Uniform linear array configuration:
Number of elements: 16
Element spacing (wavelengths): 0.25
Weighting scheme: hamming
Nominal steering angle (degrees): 15
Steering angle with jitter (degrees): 13.646
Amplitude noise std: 0.05
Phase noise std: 0.05

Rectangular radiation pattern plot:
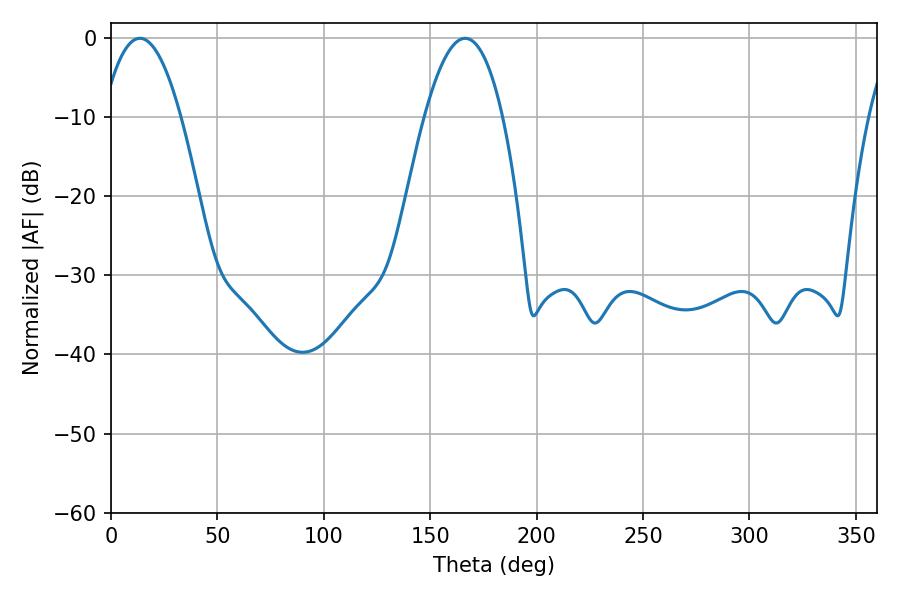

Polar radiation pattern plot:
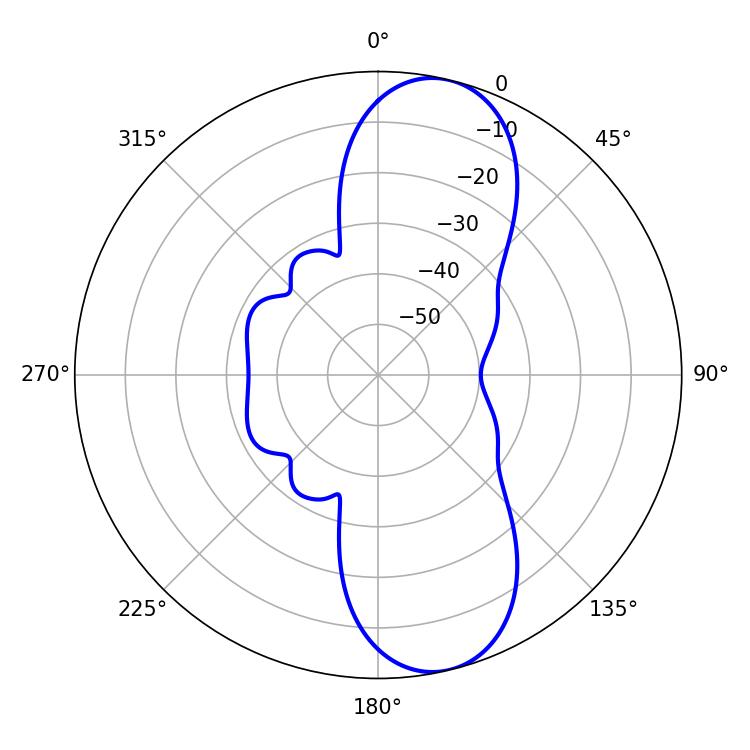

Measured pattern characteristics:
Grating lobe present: FALSE
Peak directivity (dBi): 10.395
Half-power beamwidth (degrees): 20.16
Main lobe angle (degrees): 13.5